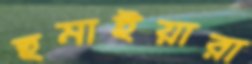
হুমাইয়ারা